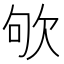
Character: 欨